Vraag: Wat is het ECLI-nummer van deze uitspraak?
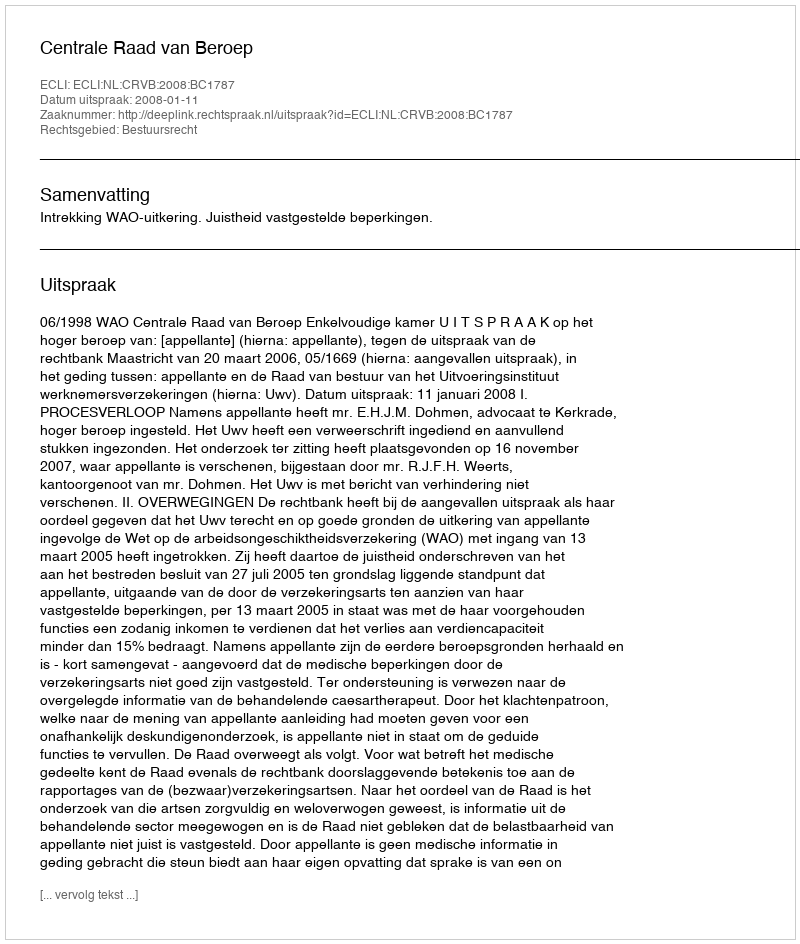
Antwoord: ECLI:NL:CRVB:2008:BC1787